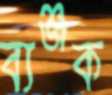
ব্যঞ্জক